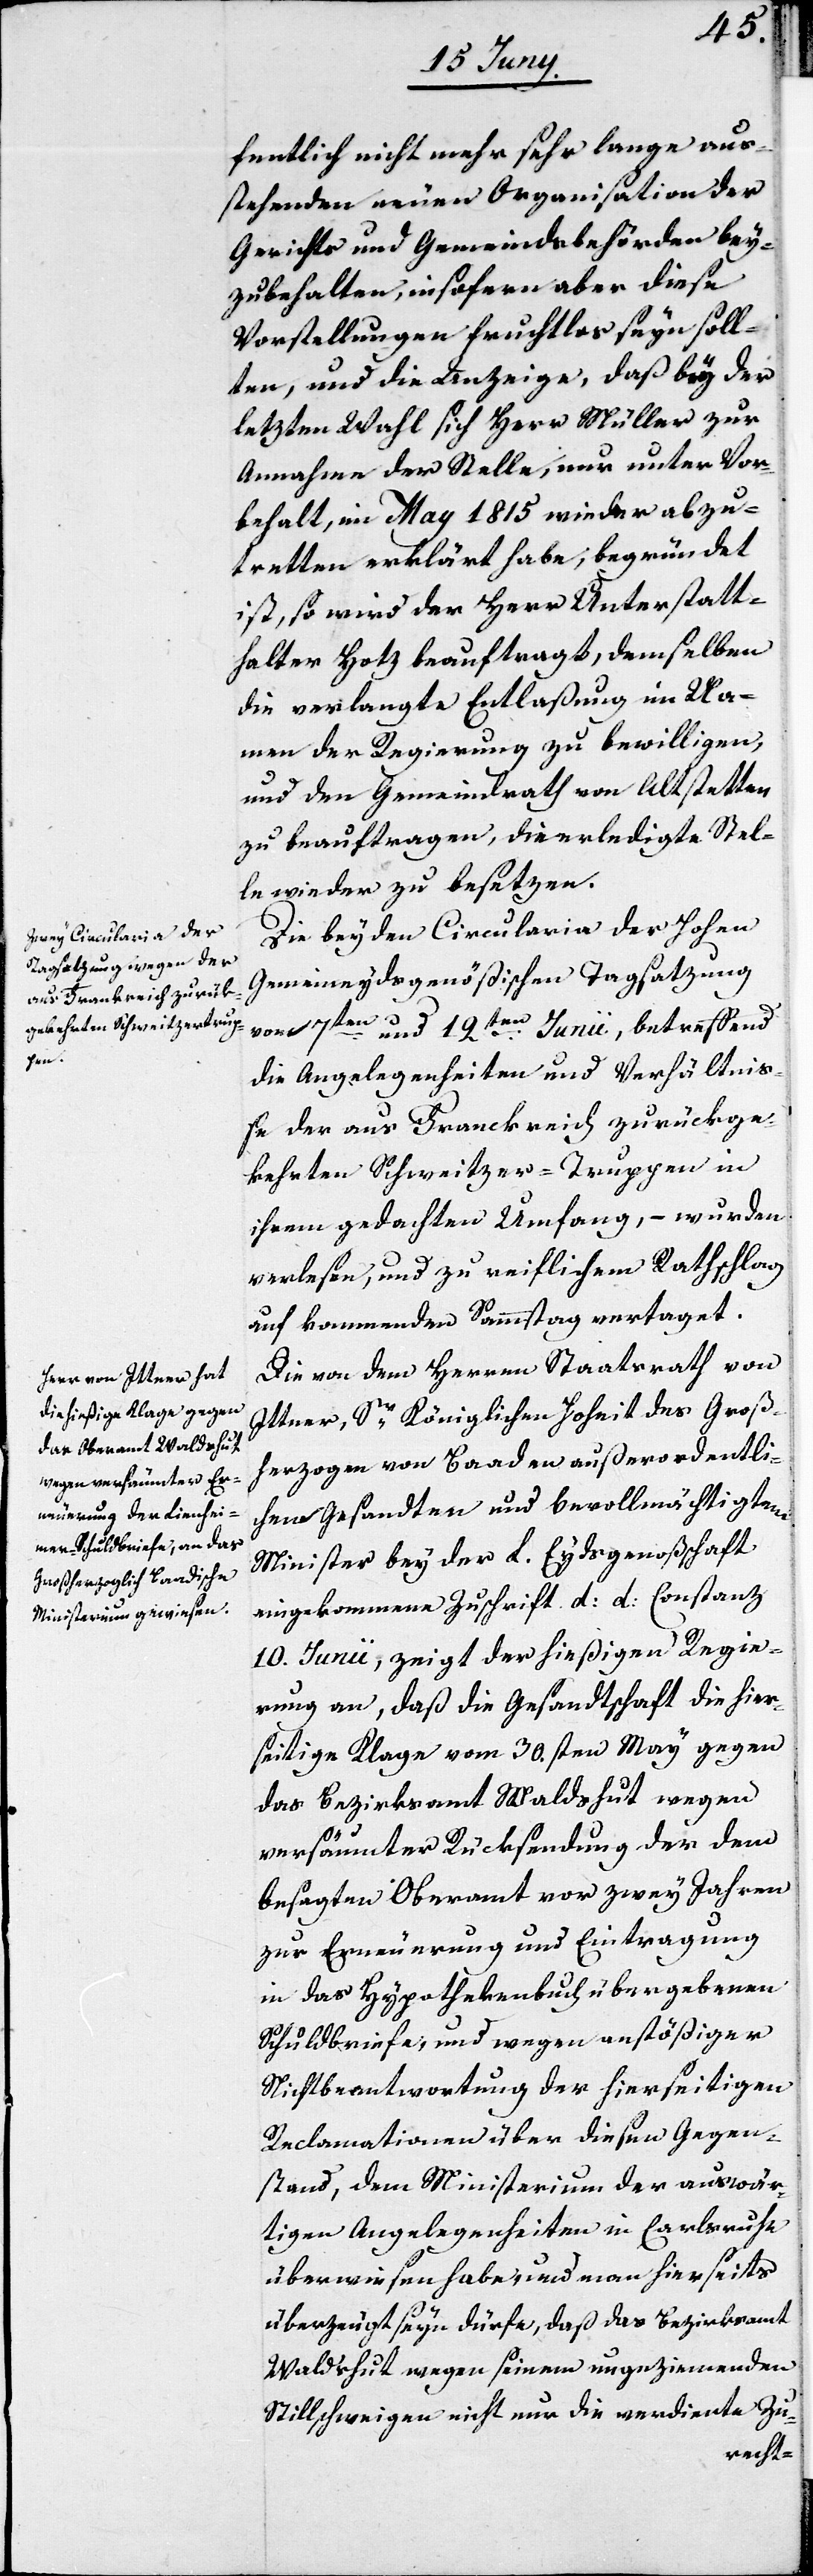
fentlich nicht mehr sehr lange aus¬
stehenden neuen Organisation der
Gerichts- und Gemeindsbehörden bey¬
zubehalten, insofern aber diese
Vorstellungen fruchtlos seyn soll¬
ten, und die Anzeige, daß bey der
letzten Wahl sich Herr Müller zur
Annahme der Stelle, nur unter Vor¬
behalt, im May 1815 wieder abzu¬
tretten erklärt habe, begründet
ist, so wird der Herr Unterstatt¬
halter Hotz beauftragt, demselben
die verlangte Entlaßung im Na¬
men der Regierung zu bewilligen,
und den Gemeindrath von Altstetten
zu beauftragen, die erledigte Stel¬
le wieder zu besetzen.
Die beyden Circularia der Hohen
Gemeineydsgenößischen Tagsatzung
vom 7ten und 12ten Junii, betreffend
die Angelegenheiten und Verhältniß¬
e der aus Franckreich zurückge¬
kehrten Schweitzer-Truppen in
ihrem gedachten Umfang, – wurden
verlesen, und zu reiflichem Rathschlag
auf kommenden Sammstag vertaget.